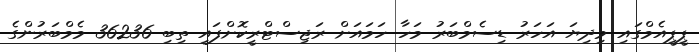
ޕީޕީއެމްގައި މިދިޔަ އަހަރު ޑިސެމްބަރު މަހާ ހަމައަށް ރަޖިސްޓްރީކޮށްފައި ތިބި 36236 މެމްބަރުންގެ